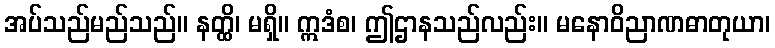
အပ်သည်မည်သည်။ နတ္ထိ၊ မရှိ။ ဣဒံစ၊ ဤဌာနသည်လည်း။ မနောဝိညာဏဓာတုယာ၊